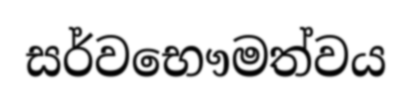
සර්වභෞමත්වය